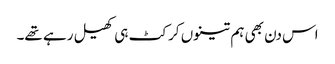
اس دن بھی ہم تینوں کرکٹ ہی کھیل رہے تھے۔